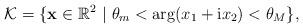
LaTeX: \begin{align*} \mathcal{K}=\{ \mathbf{x} \in \mathbb{R}^{2}~|~\theta_{m}<\arg(x_{1}+\mathrm ix_{2})<\theta_{M} \}, \end{align*}